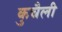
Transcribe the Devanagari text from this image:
कुचैली